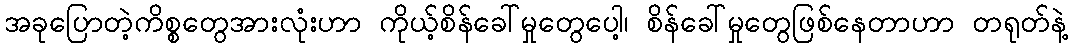
အခုပြောတဲ့ကိစ္စတွေအားလုံးဟာ ကိုယ့်စိန်ခေါ်မှုတွေပေါ့၊ စိန်ခေါ်မှုတွေဖြစ်နေတာဟာ တရုတ်နဲ့